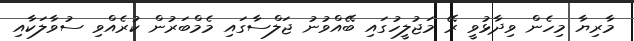
މާރިޔާ މިހެން ވިދާޅުވީ ރޭ މަޖުލީހުގައި ބޭއްވުނު ޖަލްސާގައި މެމްބަރުން ކުރެއްވި ސުވާލަކާއި